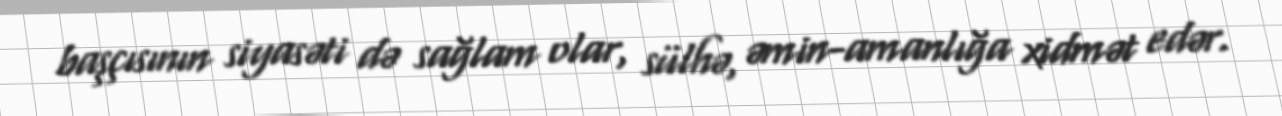
başçısının siyasəti də sağlam olar, sülhə, əmin-amanlığa xidmət edər.